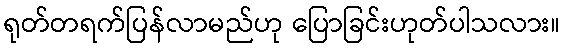
ရုတ်တရက်ပြန်လာမည်ဟု ပြောခြင်းဟုတ်ပါသလား။